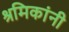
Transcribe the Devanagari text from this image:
श्रमिकांनी